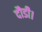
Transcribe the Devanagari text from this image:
दौडी।